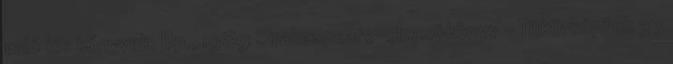
való kis könyvek. Bp., 1989 Shakespeare-olvasókönyv – Tükörképünk 37